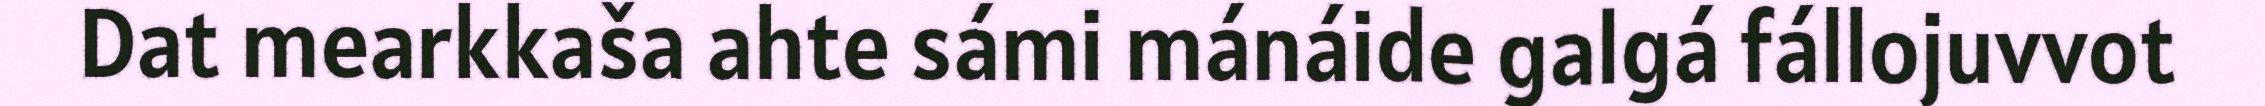
Dat mearkkaša ahte sámi mánáide galgá fállojuvvot